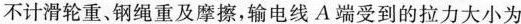
不计滑轮重、钢绳重及摩擦，输电线A端受到的拉力大小为